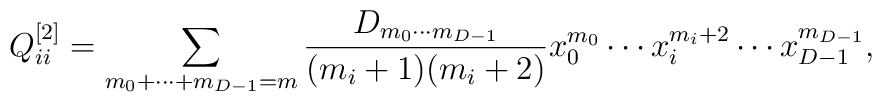
Q_{ii}^{[2]}=\sum_{m_0+\cdots +m_{{D-1}}=m}  {D_{m_0\cdots m_{{D-1}}}\over (m_i+1)(m_i+2)}  x_0^{m_0}\cdots x_i^{m_i+2}\cdots x_{{D-1}}^{m_{{D-1}}},